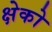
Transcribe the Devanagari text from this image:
क्षेको